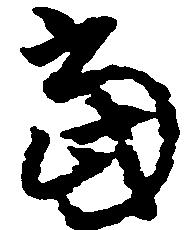
当